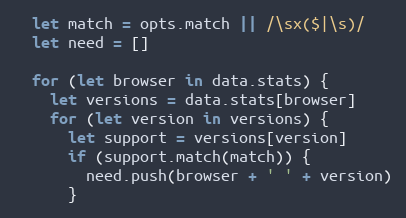
Language: JavaScript
  let match = opts.match || /\sx($|\s)/
  let need = []

  for (let browser in data.stats) {
    let versions = data.stats[browser]
    for (let version in versions) {
      let support = versions[version]
      if (support.match(match)) {
        need.push(browser + ' ' + version)
      }